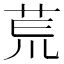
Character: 𫟎